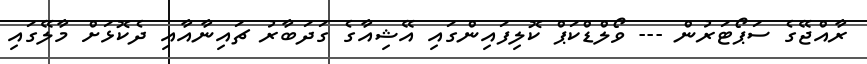
ރާއްޖޭގެ ސަޕޯޓަރުން --- ވޯލްޑްކަޕް ކޮލިފައިންގައި އޭޝިއާގެ ގަދަބާރު ޗައިނާއާއި ދެކޮޅަށް މާލޭގައި